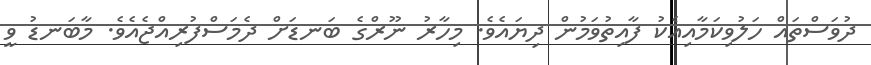
ދުވަސްތައް ހަލުވިކަމާއިއެކު ފާއިތުވަމުން ދިޔައެވެ. މިހާރު ނޫރްގެ ބަނޑަށް ދެމަސްފުރިއްޖެއެވެ. މާބަނޑު ވީ